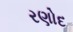
રણોદ